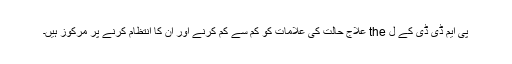
پی ایم ڈی ڈی کے ل the علاج حالت کی علامات کو کم سے کم کرنے اور ان کا انتظام کرنے پر مرکوز ہیں۔